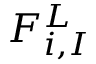
F _ { i , I } ^ { L }